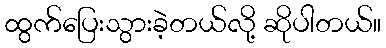
ထွက်ပြေးသွားခဲ့တယ်လို့ ဆိုပါတယ်။